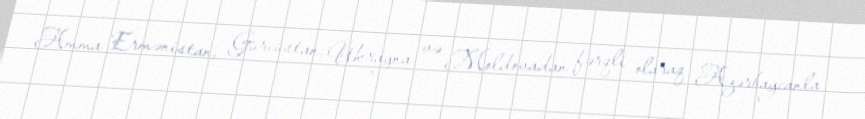
Amma Ermənistan, Gürcüstan, Ukrayna və Moldovadan fərqli olaraq Azərbaycanla